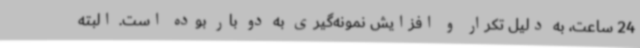
24 ساعت، به دلیل تکرار و افزایش نمونه‌گیری به دو بار بوده است. البته